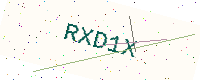
Text: RXD1X